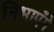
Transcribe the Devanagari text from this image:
निभाएँगे